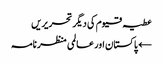
عطیہ قیوم کی دیگر تحریریں
← پاکستان اور عالمی منظر نامہ